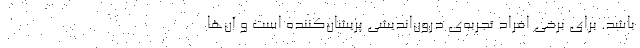
باشد. برای برخی افراد تجربه‌ی درون‌اندیشی پریشان‌کننده است و آن‌ها